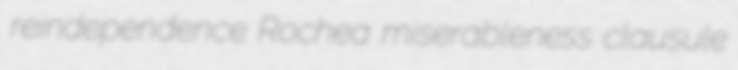
reindependence Rochea miserableness clausule